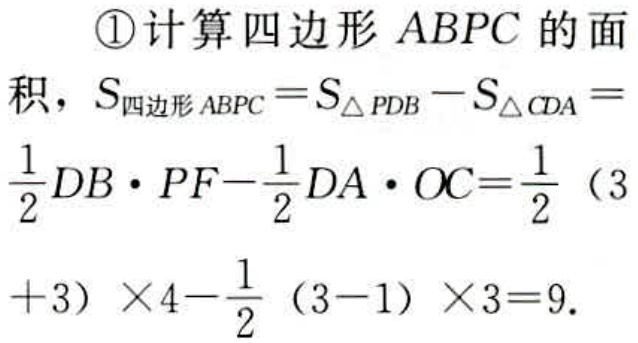
\textcircled{1}计算四边形 \(ABPC\) 的面积，\(S_{四边形ABPC}=S_{\triangle PDB}-S_{\triangle CDA}=\frac{1}{2}DB\cdot PF - \frac{1}{2}DA\cdot OC=\frac{1}{2}(3 + 3)\times4-\frac{1}{2}(3 - 1)\times3 = 9\)。